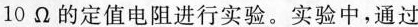
10Ω的定值电阻进行实验。实验中，通过